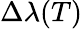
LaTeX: \Delta\lambda(T)